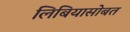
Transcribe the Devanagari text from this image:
लिबियासोबत